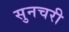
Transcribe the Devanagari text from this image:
सुनचरी